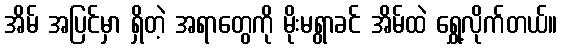
အိမ် အပြင်မှာ ရှိတဲ့ အရာတွေကို မိုးမရွာခင် အိမ်ထဲ ရွှေ့လိုက်တယ်။